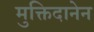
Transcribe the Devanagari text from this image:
मुक्तिदानेन